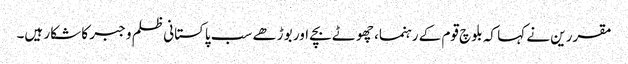
مقررین نے کہا کہ بلوچ قوم کے رہنما، چھوٹے بچے اور بوڑھے سب پاکستانی ظلم و جبر کا شکار ہیں۔